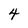
Character: 4